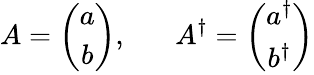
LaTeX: A=\left(\begin{array}{c}{{a}}\\ {{b}}\end{array}\right),\; \; \; \; \; \; A^{\dagger}=\left(\begin{array}{c}{{a^{\dagger}}}\\ {{b^{\dagger}}}\end{array}\right)